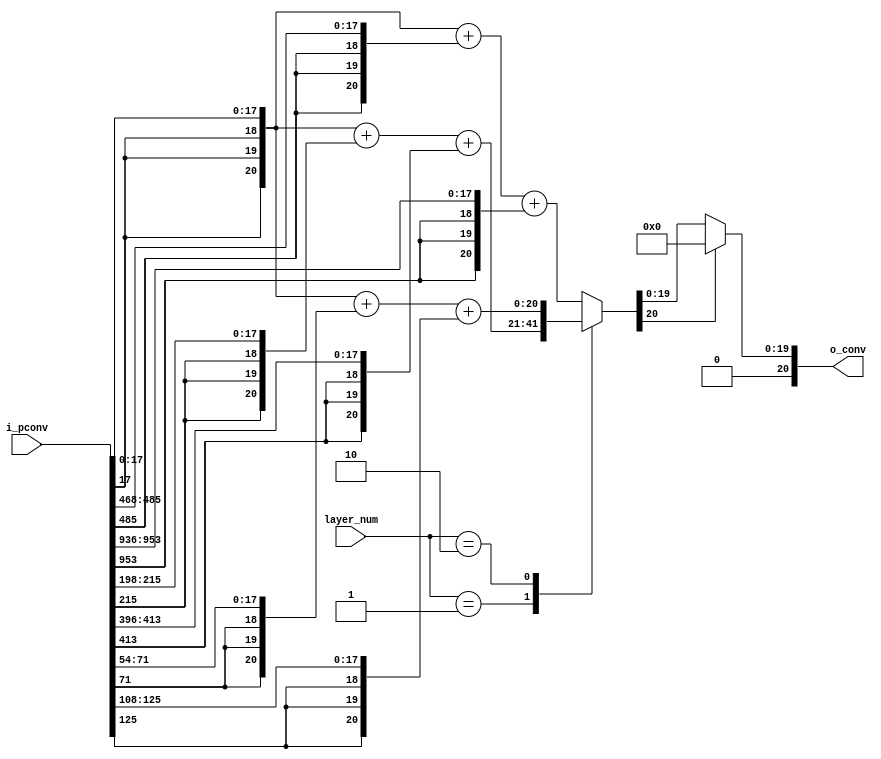
`define PCONV_LEN 18
`define CORE_NUM 3
`define CONV_LEN 21

module conv (
    input  [1:0]               layer_num,
    input  [`PCONV_LEN*53-1:0] i_pconv,
    output [`CONV_LEN-1:0]     o_conv
);
wire [`CONV_LEN-1:0] pconv_ext_0;
wire [`CONV_LEN-1:0] pconv_ext_26;
wire [`CONV_LEN-1:0] pconv_ext_52;
wire [`CONV_LEN-1:0] pconv_ext_11;
wire [`CONV_LEN-1:0] pconv_ext_22;
wire [`CONV_LEN-1:0] pconv_ext_3;
wire [`CONV_LEN-1:0] pconv_ext_6;
wire [`CONV_LEN-1:0] conv_w_0, conv_w_1, conv_w_2;
reg  [`CONV_LEN-1:0] o_conv_r;

always @(*) begin
    case (layer_num)
        2'd0: o_conv_r <= conv_w_0;
        2'd1: o_conv_r <= conv_w_1;
        2'd2: o_conv_r <= conv_w_2;
        default: o_conv_r <= conv_w_0;
    endcase
end

//Sign Extention
assign pconv_ext_0 = {{`CORE_NUM{i_pconv[`PCONV_LEN*1-1]}}, i_pconv[`PCONV_LEN*0+:`PCONV_LEN]};
assign pconv_ext_26 = {{`CORE_NUM{i_pconv[`PCONV_LEN*27-1]}}, i_pconv[`PCONV_LEN*26+:`PCONV_LEN]};
assign pconv_ext_52 = {{`CORE_NUM{i_pconv[`PCONV_LEN*53-1]}}, i_pconv[`PCONV_LEN*52+:`PCONV_LEN]};
assign pconv_ext_11 = {{`CORE_NUM{i_pconv[`PCONV_LEN*12-1]}}, i_pconv[`PCONV_LEN*11+:`PCONV_LEN]};
assign pconv_ext_22 = {{`CORE_NUM{i_pconv[`PCONV_LEN*23-1]}}, i_pconv[`PCONV_LEN*22+:`PCONV_LEN]};
assign pconv_ext_3 = {{`CORE_NUM{i_pconv[`PCONV_LEN*4-1]}}, i_pconv[`PCONV_LEN*3+:`PCONV_LEN]};
assign pconv_ext_6 = {{`CORE_NUM{i_pconv[`PCONV_LEN*7-1]}}, i_pconv[`PCONV_LEN*6+:`PCONV_LEN]};
//Add
assign conv_w_0 = pconv_ext_0 + pconv_ext_26 + pconv_ext_52;
assign conv_w_1 = pconv_ext_0 + pconv_ext_11 + pconv_ext_22;
assign conv_w_2 = pconv_ext_0 + pconv_ext_3 + pconv_ext_6;
//ReLU
assign o_conv = (o_conv_r[`CONV_LEN-1]) ? 0 : o_conv_r;

endmodule